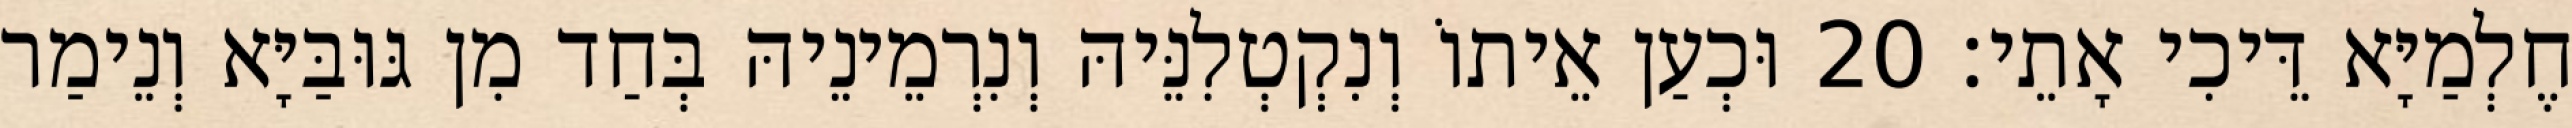
חֶלְמַיָּא דֵּיכִי אָתֵי׃ 20 וּכְעַן אֵיתוֹ וְנִקְטְלִנֵּיהּ וְנִרְמֵינֵיהּ בְּחַד מִן גּוּבַּיָּא וְנֵימַר